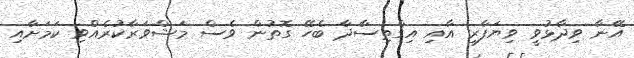
އޭނާ ވިދާޅުވީ ވިޔަފާރި އާއި އިގްތިސާދާ ބެހޭ ގޮތުން ވެސް މަޝްވަރާކުރެއްވި ކަމަށާއި